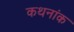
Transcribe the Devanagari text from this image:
कथनांक